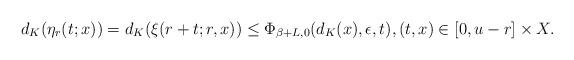
LaTeX: \begin{align*}d_K(\eta_r(t;x)) = d_K(\xi(r+t;r,x)) \leq \Phi_{\beta+L,0}(d_K(x),\epsilon,t), (t,x) \in [0,u-r] \times X.\end{align*}